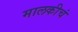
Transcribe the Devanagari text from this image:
मालकीचं